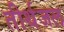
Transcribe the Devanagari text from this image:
तीर्थजल